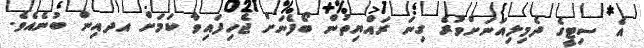
އެ ސިޓީގެ ދެމިލިއަނަށްވުރެ ގިނަ ރައްޔިތުން ބޯފެނަށް ޖެހިފައިވާ ކަމަށް އދއިން ބުނެއެވެ.